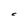
Character: C